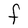
Character: F